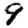
Digit: 9